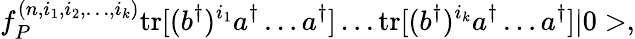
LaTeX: f_{P}^{(n,i_{1},i_{2},\dots,i_{k})}\mathrm{tr}[(b^{\dagger})^{i_{1}}a^{\dagger}\dots a^{\dagger}]\dots\mathrm{tr}[(b^{\dagger})^{i_{k}}a^{\dagger}\dots a^{\dagger}]|0>,